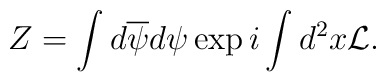
Z=\int d\overline{\psi}d\psi\exp i\int d^2x {\cal L}.